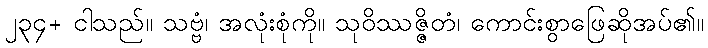
၂၃၄+ ငါသည်။ သဗ္ဗံ၊ အလုံးစုံကို။ သုဝိဿဇ္ဇိတံ၊ ကောင်းစွာဖြေဆိုအပ်၏။